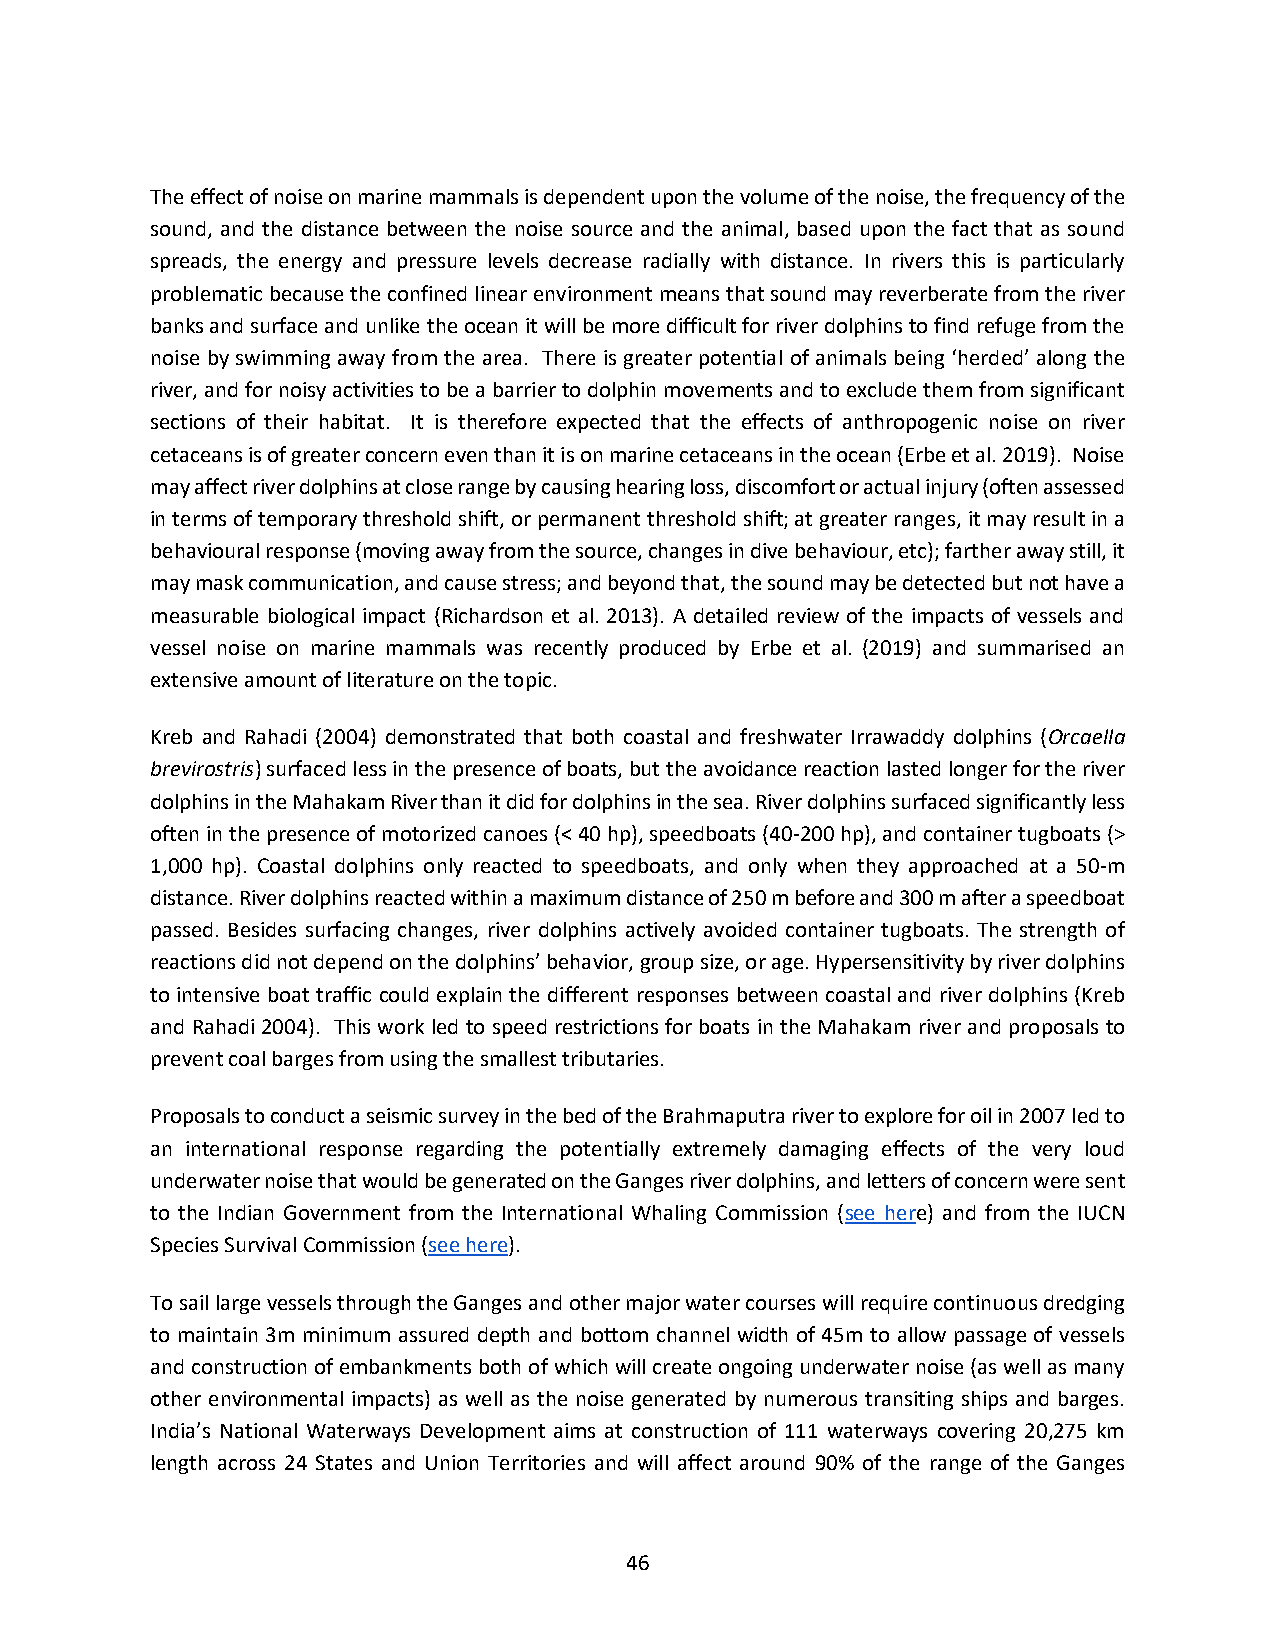
The effect of noise on marine mammals is dependent upon the volume of the noise, the frequency of the
 sound, and the distance between the noise source and the animal, based upon the fact that as sound
 spreads, the energy and pressure levels decrease radially with distance. In rivers this is particularly
 problematic because the confined linear environment means that sound may reverberate from the river
 banks and surface and unlike the ocean it will be more difficult for river dolphins to find refuge from the
 noise by swimming away from the area. There is greater potential of animals being ‘herded’ along the
 river, and for noisy activities to be a barrier to dolphin movements and to exclude them from significant
 sections of their habitat. It is therefore expected that the effects of anthropogenic noise on river
 cetaceans is of greater concern even than it is on marine cetaceans in the ocean (Erbe et al. 2019). Noise
 may affect river dolphins at close range by causing hearing loss, discomfort or actual injury (often assessed
 in terms of temporary threshold shift, or permanent threshold shift; at greater ranges, it may result in a
 behavioural response (moving away from the source, changes in dive behaviour, etc); farther away still, it
 may mask communication, and cause stress; and beyond that, the sound may be detected but not have a
 measurable biological impact (Richardson et al. 2013). A detailed review of the impacts of vessels and
 vessel noise on marine mammals was recently produced by Erbe et al. (2019) and summarised an
 extensive amount of literature on the topic.
 Kreb and Rahadi (2004) demonstrated that both coastal and freshwater Irrawaddy dolphins (Orcaella
 brevirostris) surfaced less in the presence of boats, but the avoidance reaction lasted longer for the river
 dolphins in the Mahakam River than it did for dolphins in the sea. River dolphins surfaced significantly less
 often in the presence of motorized canoes (< 40 hp), speedboats (40-200 hp), and container tugboats (>
 1,000 hp). Coastal dolphins only reacted to speedboats, and only when they approached at a 50-m
 distance. River dolphins reacted within a maximum distance of 250 m before and 300 m after a speedboat
 passed. Besides surfacing changes, river dolphins actively avoided container tugboats. The strength of
 reactions did not depend on the dolphins’ behavior, group size, or age. Hypersensitivity by river dolphins
 to intensive boat traffic could explain the different responses between coastal and river dolphins (Kreb
 and Rahadi 2004). This work led to speed restrictions for boats in the Mahakam river and proposals to
 prevent coal barges from using the smallest tributaries.
 Proposals to conduct a seismic survey in the bed of the Brahmaputra river to explore for oil in 2007 led to
 an international response regarding the potentially extremely damaging effects of the very loud
 underwater noise that would be generated on the Ganges river dolphins, and letters of concern were sent
 to the Indian Government from the International Whaling Commission (see here) and from the IUCN
 Species Survival Commission (see here).
 To sail large vessels through the Ganges and other major water courses will require continuous dredging
 to maintain 3m minimum assured depth and bottom channel width of 45m to allow passage of vessels
 and construction of embankments both of which will create ongoing underwater noise (as well as many
 other environmental impacts) as well as the noise generated by numerous transiting ships and barges.
 India’s National Waterways Development aims at construction of 111 waterways covering 20,275 km
 length across 24 States and Union Territories and will affect around 90% of the range of the Ganges
 46